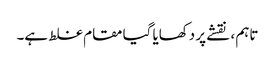
تاہم ، نقشے پر دکھایا گیا مقام غلط ہے۔